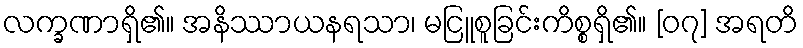
လက္ခဏာရှိ၏။ အနိဿာယနရသာ၊ မငြူစူခြင်းကိစ္စရှိ၏။ [၀၇] အရတိ